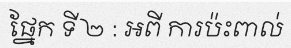
ផ្នែក ទី ២ : អពី ការប៉ះពាល់